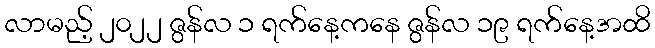
လာမည့် ၂၀၂၂ ဇွန်လ ၁ ရက်နေ့ကနေ ဇွန်လ ၁၉ ရက်နေ့အထိ